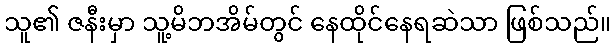
သူ၏ ဇနီးမှာ သူ့မိဘအိမ်တွင် နေထိုင်နေရဆဲသာ ဖြစ်သည်။